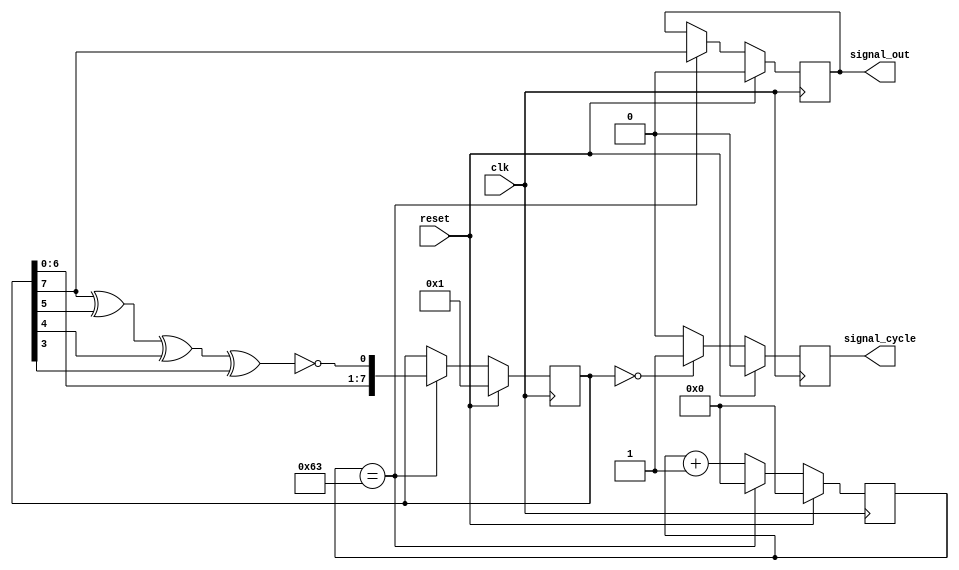
module lfsr_8bit(
    input  wire         clk,
    input  wire         reset,
    output reg          signal_out,
    output reg          signal_cycle
    );
    
    reg [7:0]           lfsr;
    wire                feedback;
    reg [7:0]           counter;
    
    assign feedback = ~(lfsr[7] ^ lfsr[5] ^ lfsr[4] ^ lfsr[3]);
    
    always @(posedge clk) begin
        if (reset) begin
            lfsr <= 8'b0000_0001;
            signal_out<=0;
            counter = 0;
        end else begin
            if (counter == 99) begin
                lfsr<={lfsr[6:0], feedback};
                signal_out<=lfsr[7];
                counter = 0;
            end else begin
                counter<=counter +1;
            end           
        end
    end
    
    always @(posedge clk) begin
        if (reset) begin
            signal_cycle <= 0;
        end else begin
            if (lfsr == 8'b0000_0000) begin
                signal_cycle <= 1;
            end else begin
                signal_cycle <= 0;
            end
        end
    end
endmodule